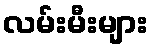
လမ်းမီးများ